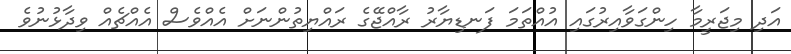
އަދި މިޖަރީމާ ހިންގަވާއިރުގައި އުއްތަމަ ފަނޑިޔާރު ރާއްޖޭގެ ރައްޔިތުންނަށް އެއްވެސް އެއްޗެއް ވިދާޅުނުވެ